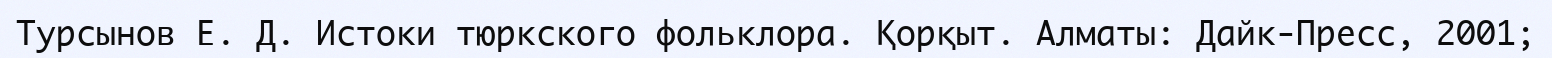
Турсынов Е. Д. Истоки тюркского фольклора. Қорқыт. Алматы: Дайк-Пресс, 2001;